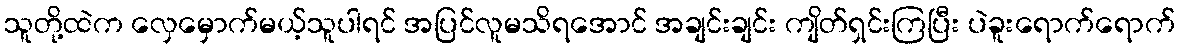
သူတို့ထဲက လှေမှောက်မယ့်သူပါရင် အပြင်လူမသိရအောင် အချင်းချင်း ကျိတ်ရှင်းကြပြီး ပဲခူးရောက်ရောက်